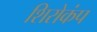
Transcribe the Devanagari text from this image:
शिरोकंप